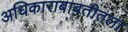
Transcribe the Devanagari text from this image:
अधिकाराबाबतीतला